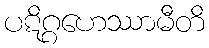
ပဋိဂ္ဂဟေဿာမီတိ